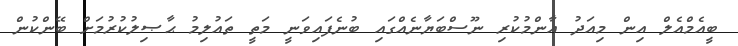
ބީއެމްއެލް އިން މިއަދު އާންމުކުރި ނޫސްބަޔާނެއްގައި ބުނެފައިވަނީ މަތީ ތައުލިމު ޙާޞިލުކުރުމަށް ބޭންކުން